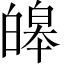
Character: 皞